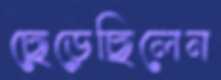
ছেড়েছিলেন